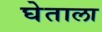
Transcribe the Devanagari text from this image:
घेताला